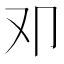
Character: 𠨏